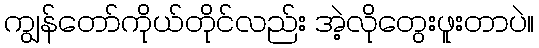
ကျွန်တော်ကိုယ်တိုင်လည်း အဲ့လိုတွေးဖူးတာပဲ။